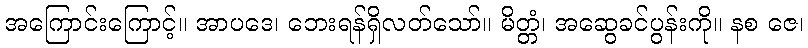
အကြောင်းကြောင့်။ အာပဒေ၊ ဘေးရန်ရှိလတ်သော်။ မိတ္တံ၊ အဆွေခင်ပွန်းကို။ နစ ဇေ၊